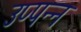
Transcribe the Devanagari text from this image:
उप्पन्न